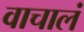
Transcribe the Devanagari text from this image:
वाचालं